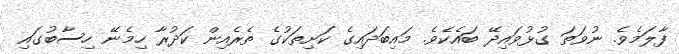
ފާލަމެވެ. ނުވަތަ ގުޅުވައިދޭ ބައެކެވެ. މައިބަދައިގެ ކަށިތަކުގެ ތެރެއިން ކަދުރާ ހިމެނޭ ހިސާބުގައި